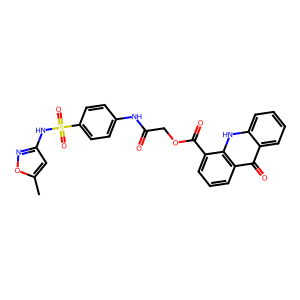
SMILES: Cc1cc(NS(=O)(=O)c2ccc(NC(=O)COC(=O)c3cccc4c(=O)c5ccccc5[nH]c34)cc2)no1
Inhibits HIV replication: No